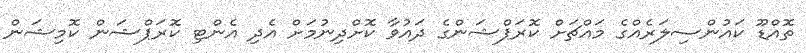
ތޮއްޑޫ ކައުންސިލަރެއްގެ މައްޗަށް ކޮރަޕްޝަންގެ ދައުވާ ކޮށްދިނުމަށް އެދި އެންޓި ކޮރަޕްޝަން ކޮމިޝަން